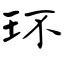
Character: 环